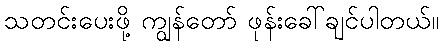
သတင်းပေးဖို့ ကျွန်တော် ဖုန်းခေါ်ချင်ပါတယ်။